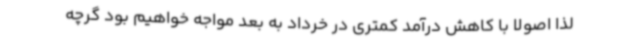
لذا اصولا با کاهش درآمد کمتری در خرداد به بعد مواجه خواهیم بود گرچه